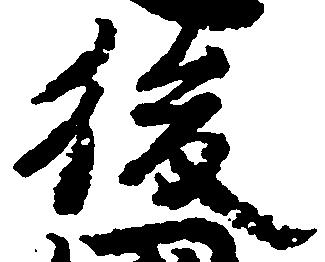
後